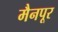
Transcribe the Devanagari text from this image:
मैनपूर